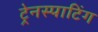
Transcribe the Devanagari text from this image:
ट्रेनस्पाटिंग